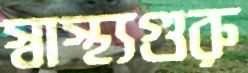
স্বাস্থ্যগুরু